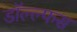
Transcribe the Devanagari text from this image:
डॉल्ल्फस